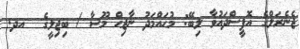
ޖެނެރަލްގެ އޮފީސްދައުވާ ލިބޭ: މުޙައްމަދު ނާޖިޙް މޫސާ / ބިޖިލީގެ  އދ.